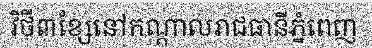
វិថី៣ខ្សែនៅកណ្តាលរាជធានីភ្នំពេញ